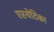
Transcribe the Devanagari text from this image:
एस्थेटिका